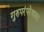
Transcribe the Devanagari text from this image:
गुरुपरंपरेबाबत